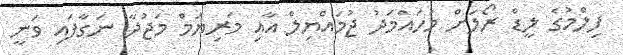
ފިލްމުގެ ލީޑް ރޯލަށް މުހައްމަދު ޖުމައްޔިލް އާއި މަރިޔަމް މަޖުދާ ނަގާފައި ވަނީ